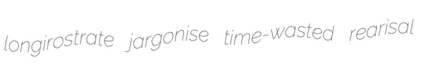
longirostrate jargonise time-wasted rearisal